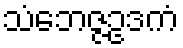
သံဘေဇ္ဇဥဒကံ